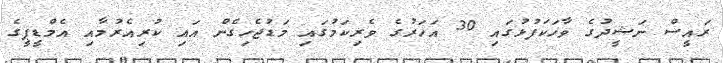
ރައީސް ނަޝީދުގެ ވާހަކަފުޅުގައި 30 އަހަރުގެ ވެރިކަމުގައި މަޑުޖެހިގެން އައި ކުރިއެރުމާއި އެމްޑީޕީގެ